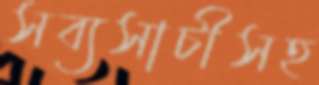
সব্যসাচীসহ